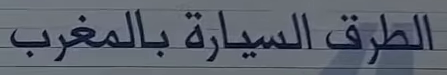
الطرق السيارة بالمغرب